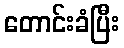
တောင်းခံပြီး